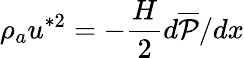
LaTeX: \rho_{a}u^{*2}=-\frac{H}{2}d\overline{{\mathcal{P}}}/dx